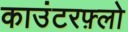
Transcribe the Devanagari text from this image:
काउंटरफ़्लो